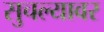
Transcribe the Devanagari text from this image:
सुचल्यावर